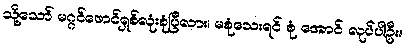
သို့သော် မဂ္ဂင်ဖောင်ရှစ်လုံးစုံပြီလား၊ မစုံသေးရင် စုံ အောင် လုပ်ပါဦး။